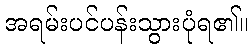
အရမ်းပင်ပန်းသွားပုံရ၏။